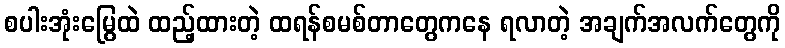
စပါးအုံးမြွေထဲ ထည့်ထားတဲ့ ထရန်စမစ်တာတွေကနေ ရလာတဲ့ အချက်အလက်တွေကို